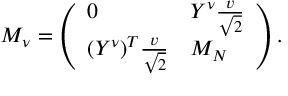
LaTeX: M _ { \nu } = \left( \begin{array} { l l } { { 0 } } & { { Y ^ { \nu } { \frac { v } { \sqrt 2 } } } } \\ { { ( Y ^ { \nu } ) ^ { T } { \frac { v } { \sqrt 2 } } } } & { { M _ { N } } } \end{array} \right) .